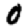
Digit: 0